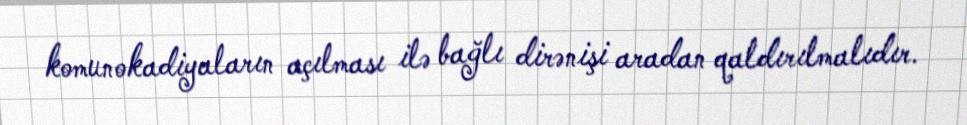
komunokadiyaların açılması ilə bağlı dirənişi aradan qaldırılmalıdır.